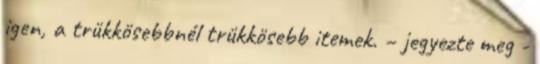
igen, a trükkösebbnél trükkösebb itemek. – jegyezte meg -